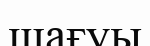
шағуы